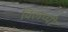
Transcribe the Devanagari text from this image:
क्लिप्पी